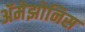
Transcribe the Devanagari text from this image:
ॲमेझोनिस